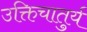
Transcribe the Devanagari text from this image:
उक्तिचातुर्य